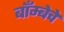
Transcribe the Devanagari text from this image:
बाँम्बेचे